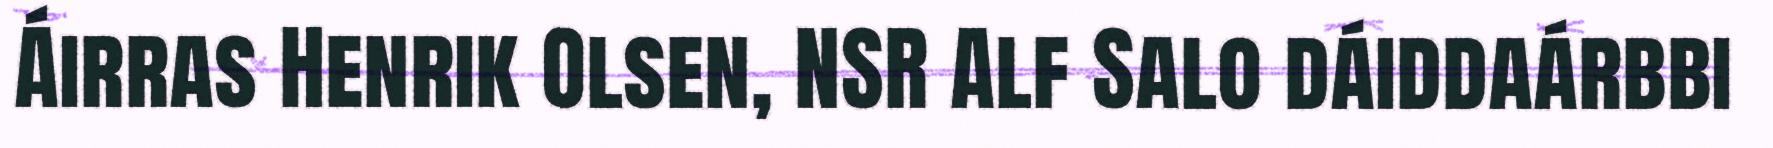
Áirras Henrik Olsen, NSR Alf Salo dáiddaárbbi